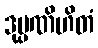
ဒုပ္ပဏိဟိတံ